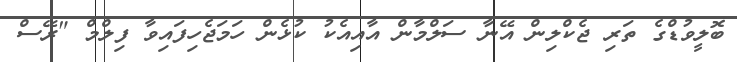
ބޮލީވުޑްގެ ތަރި ޖެކްލިން އޭނާ ސަލްމާން އާއިއެކު ކުޅެން ހަމަޖެހިފައިވާ ފިލްމް "ރޭސް